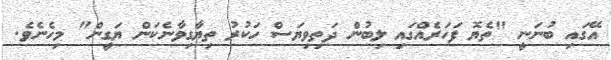
އޭގައި ބުނަނީ "ތެޔޮ ފަހަރެއްގައި ލިބުން ދަތިވިޔަސް ހަކުރު ތިޔާގިވާނެކަން ޔަގީން" މިހެނެވެ.